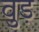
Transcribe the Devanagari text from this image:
वुड़